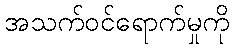
အသက်ဝင်ရောက်မှုကို